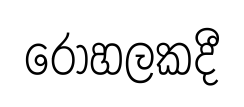
රෝහලකදී